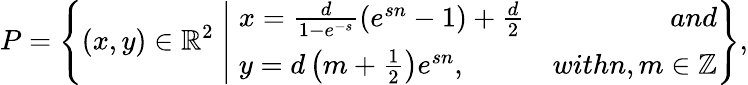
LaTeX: P=\left\lbrace(x,y)\in\mathbb{R}^{2}\; \middle|\; \begin{array}{lr}{x=\frac{d}{1-e^{-s}}(e^{sn}-1)+\frac{d}{2}}&{and}\\ {y=d\left(m+\frac{1}{2}\right)e^{sn},}&{withn,m\in\mathbb{Z}}\end{array}\right\rbrace,